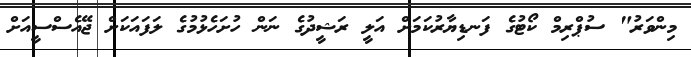
މިންވަރު" ސުޕްރިމް ކޯޓުގެ ފަނޑިޔާރުކަމަށް އަލީ ރަޝީދުގެ ނަން ހުށަހެޅުމުގެ ލަފައަކަށް ޖޭއެސްސީއަށް